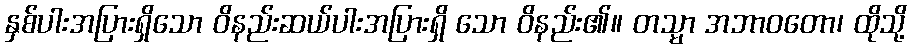
နှစ်ပါးအပြားရှိသော ဝိနည်းဆယ်ပါးအပြားရှိ သော ဝိနည်း၏။ တသ္မာ အဘာဝတော၊ ထိုသို့